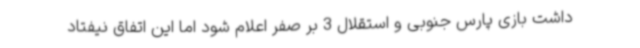
داشت بازی پارس جنوبی و استقلال 3 بر صفر اعلام شود اما این اتفاق نیفتاد